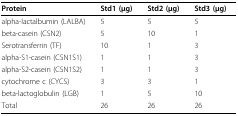
| Protein | Std1 (μg) | Std2 (μg) | Std3 (μg) |
 | --- | --- | --- | --- |
 | alpha-lactalbumin (LALBA) | 5 | 5 | 5 |
 | beta-casein (CSN2) | 5 | 10 | 1 |
 | Serotransferrin (TF) | 10 | 1 | 3 |
 | alpha-S1-casein (CSN1S1) | 1 | 1 | 3 |
 | alpha-S2-casein (CSN1S2) | 1 | 1 | 3 |
 | cytochrome c (CYCS) | 3 | 3 | 1 |
 | beta-lactoglobulin (LGB) | 1 | 5 | 10 |
 | Total | 26 | 26 | 26 |